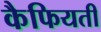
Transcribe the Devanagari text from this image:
कैफियती